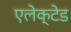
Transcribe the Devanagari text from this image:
एलेक्टेड